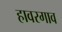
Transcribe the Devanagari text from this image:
हावरगाव